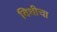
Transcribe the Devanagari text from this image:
विधीचा